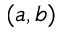
( a , b )